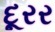
દૂરર